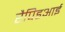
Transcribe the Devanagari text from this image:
रैपिडआई